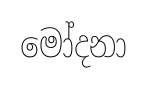
මෝදනා